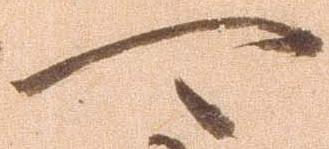
可